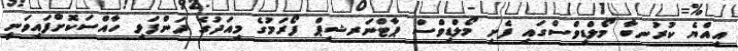
އިއްޔެ ކުރުނބާ މޯލްޑިވްސްގައި ފެށި މޯލްޑިވްސް ޕާޓްނަރޝިޕް ފޯރަމުގެ މިއަދުގެ ދަންފަޅި ހާއްސަކޮށްފައިވަނީ